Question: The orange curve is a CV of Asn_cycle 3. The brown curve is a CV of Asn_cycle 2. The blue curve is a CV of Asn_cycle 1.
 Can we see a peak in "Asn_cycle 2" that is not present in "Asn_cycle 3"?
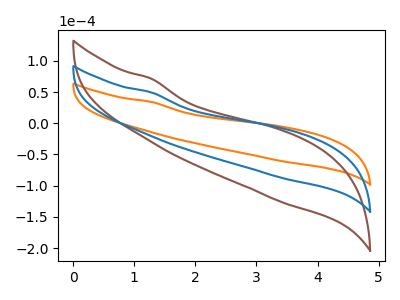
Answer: <think>The orange curve "Asn_cycle 3" has no peaks. The brown curve "Asn_cycle 2" has no peaks. The blue curve "Asn_cycle 1" has no peaks.
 Neither "Asn_cycle 2" or "Asn_cycle 3" have any peaks.</think>
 <answer>No, "Asn_cycle 2" and "Asn_cycle 3" don't appear to be significantly different in shape</answer>
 <eval>no_change</eval>